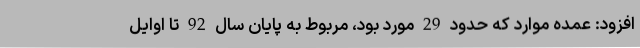
افزود: عمده موارد که حدود 29 مورد بود، مربوط به پایان سال 92 تا اوایل